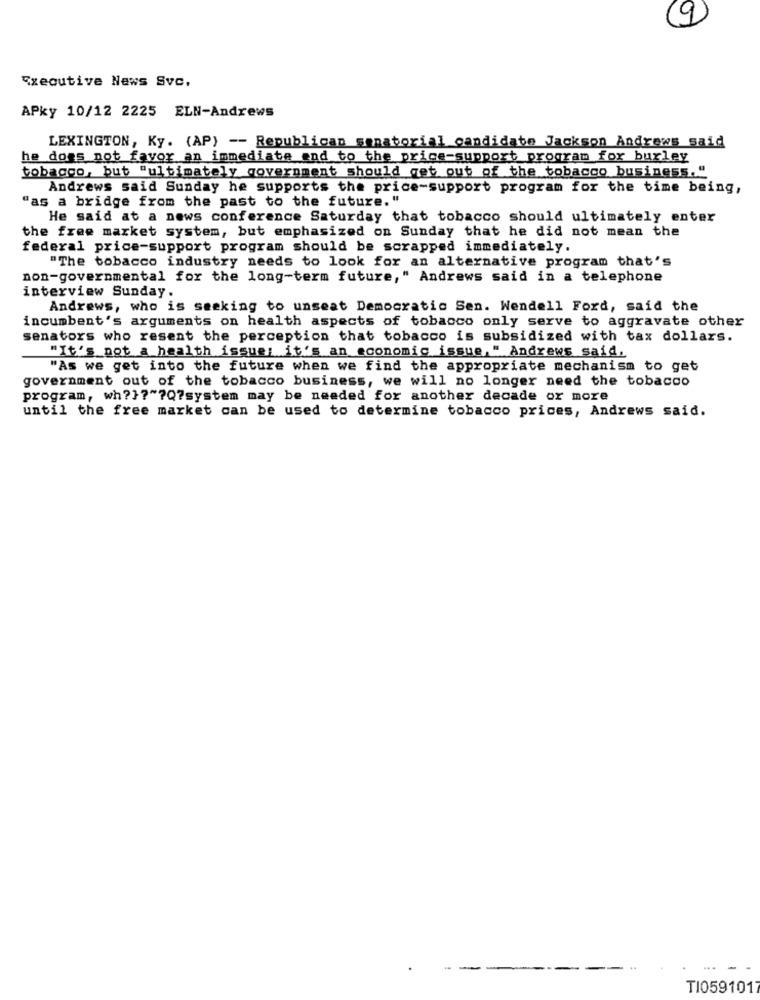
9
Executive News Svc.
APky 10/12 2225 ELN-Andrews
LEXINGTON, Ky. (AP) -- Republican sanatorial candidate Jackson Andrews said
he does not favor an immediate and to the price-support program for burley
tobacco, but "ultimately government should get out of the tobacco business. "
Andrews said Sunday he supports the price-support program for the time being,
"as a bridge from the past to the future."
He said at a news conference Saturday that tobacco should ultimately enter
the free market system, but emphasized on Sunday that he did not mean the
federal price-support program should be scrapped immediately.
"The tobacco industry needs to look for an alternative program that's
non-governmental for the long-term future," Andrews said in a telephone
interview Sunday.
Andrews, who is seeking to unseat Democratic Sen. Wendell Ford, said the
incumbent's arguments on health aspects of tobacco only serve to aggravate other
senators who resent the perception that tobacco is subsidized with tax dollars.
"It's not a health issue; it's an economic issue," Andrews said,
"As we get into the future when we find the appropriate mechanism to get
government out of the tobacco business, we will no longer need the tobacco
program, wh?}?"?Q?system may be needed for another decade or more
until the free market can be used to determine tobacco prices, Andrews said.
TI0591017